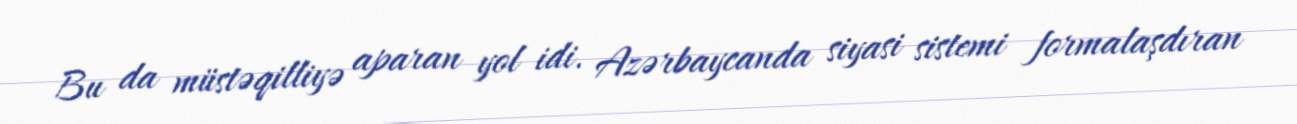
Bu da müstəqilliyə aparan yol idi. Azərbaycanda siyasi sistemi formalaşdıran